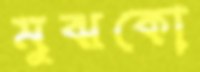
মুঝকো